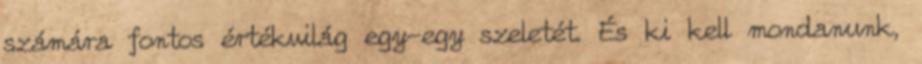
számára fontos értékvilág egy-egy szeletét. És ki kell mondanunk,